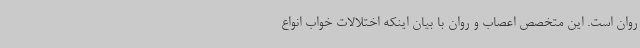
روان است. این متخصص اعصاب و روان با بیان اینکه اختلالات خواب انواع